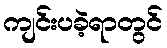
ကျင်းပခဲ့ရာတွင်